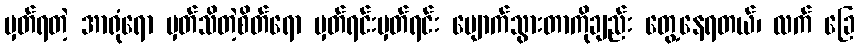
မှတ်ရတဲ့ အာရုံရော မှတ်သိတဲ့စိတ်ရော မှတ်ရင်းမှတ်ရင်း ပျောက်သွားတာကိုချည်း တွေ့နေရတယ်၊ လက် ခြေ